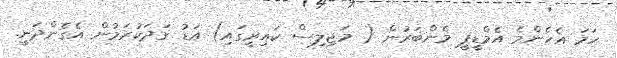
ހަމަ އެހެންމެ އެމްޑީޕީ މެންބަރުން ( މަޖިލިސް ކައިރީގައި) އަޑު ގަދަކުރަމުން އެގެންދަނީ.